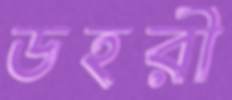
ডহরী